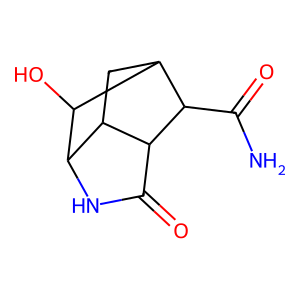
SMILES: NC(=O)C1C2CC3C(NC(=O)C31)C2O
Inhibits HIV replication: No